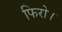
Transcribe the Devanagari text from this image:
फिरो।